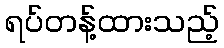
ရပ်တန့်ထားသည့်